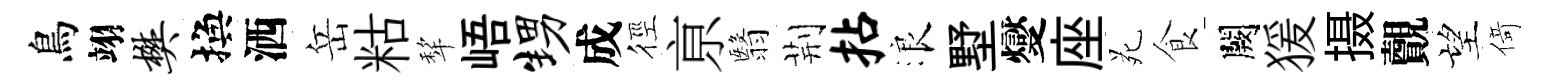
鳥翊樊換洒岳䊀犂峿甥成徑亰翳荆拈浪墅燮座苑食闕猨摄覿望𠋣